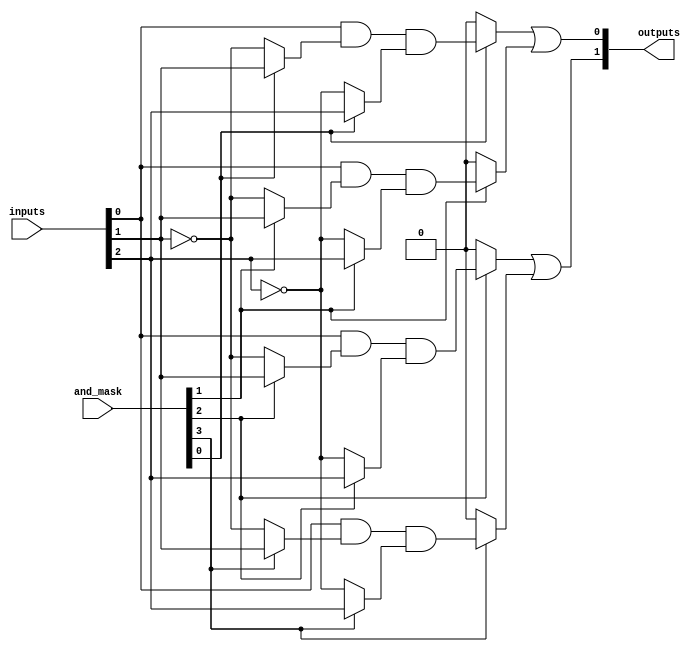
module MaskedPAL #(
    parameter NUM_INPUTS = 3,    // Number of input lines (e.g., A, B, C)
    parameter NUM_AND_GATES = 4,  // Number of AND gates
    parameter NUM_OR_GATES = 2     // Number of OR gates
)(
    input wire [NUM_INPUTS-1:0] inputs,        // Input lines
    input wire [NUM_AND_GATES-1:0] and_mask,   // Mask for AND gates
    output wire [NUM_OR_GATES-1:0] outputs      // Output lines
);

    // Internal wires for AND gate outputs
    wire [NUM_AND_GATES-1:0] and_outputs;

    // AND gates: each AND gate can be programmed using the mask
    genvar i;
    generate
        for (i = 0; i < NUM_AND_GATES; i = i + 1) begin : and_gate
            // Logical AND gate logic based on the masking
            assign and_outputs[i] = (and_mask[i]) 
                ? (inputs[0] & (and_mask[i] ? inputs[1] : ~inputs[1]) & (and_mask[i] ? inputs[2] : ~inputs[2])) 
                : 1'b0;  // If masked out, output 0
        end
    endgenerate

    // OR gates: combine outputs of AND gates
    assign outputs[0] = and_outputs[0] | and_outputs[1];  // OR gate 1
    assign outputs[1] = and_outputs[2] | and_outputs[3];  // OR gate 2

endmodule